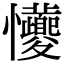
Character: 𪭆